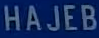
HAJEB